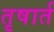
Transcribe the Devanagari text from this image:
तृषार्त